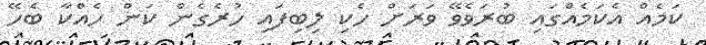
ކަމެއް އެކަމެއްގައި ބުރަވެވޭ ވަރަށް ހެކި ލިބިފައި ހުރެގެން ކަން ހެއްކާ ބެހޭ